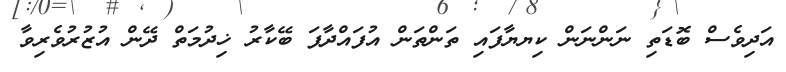
އަދިވެސް ބޮޑަތި ނަންނަން ކިޔޔާފައި ތަންތަން އުފައްދާފަ ބޭކާރު ޚިދުމަތް ދޭން އުޒުރުވެރިވާ